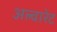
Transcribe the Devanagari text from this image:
अल्वारेट